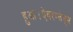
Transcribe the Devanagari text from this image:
हुआ।ऐवरग्लेड्स